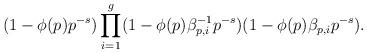
LaTeX: \begin{align*}(1-\phi(p)p^{-s})\prod_{i=1}^g(1-\phi(p)\beta_{p,i}^{- 1}p^{-s})(1-\phi(p)\beta_{p,i}p^{-s}).\end{align*}